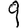
Digit: 9